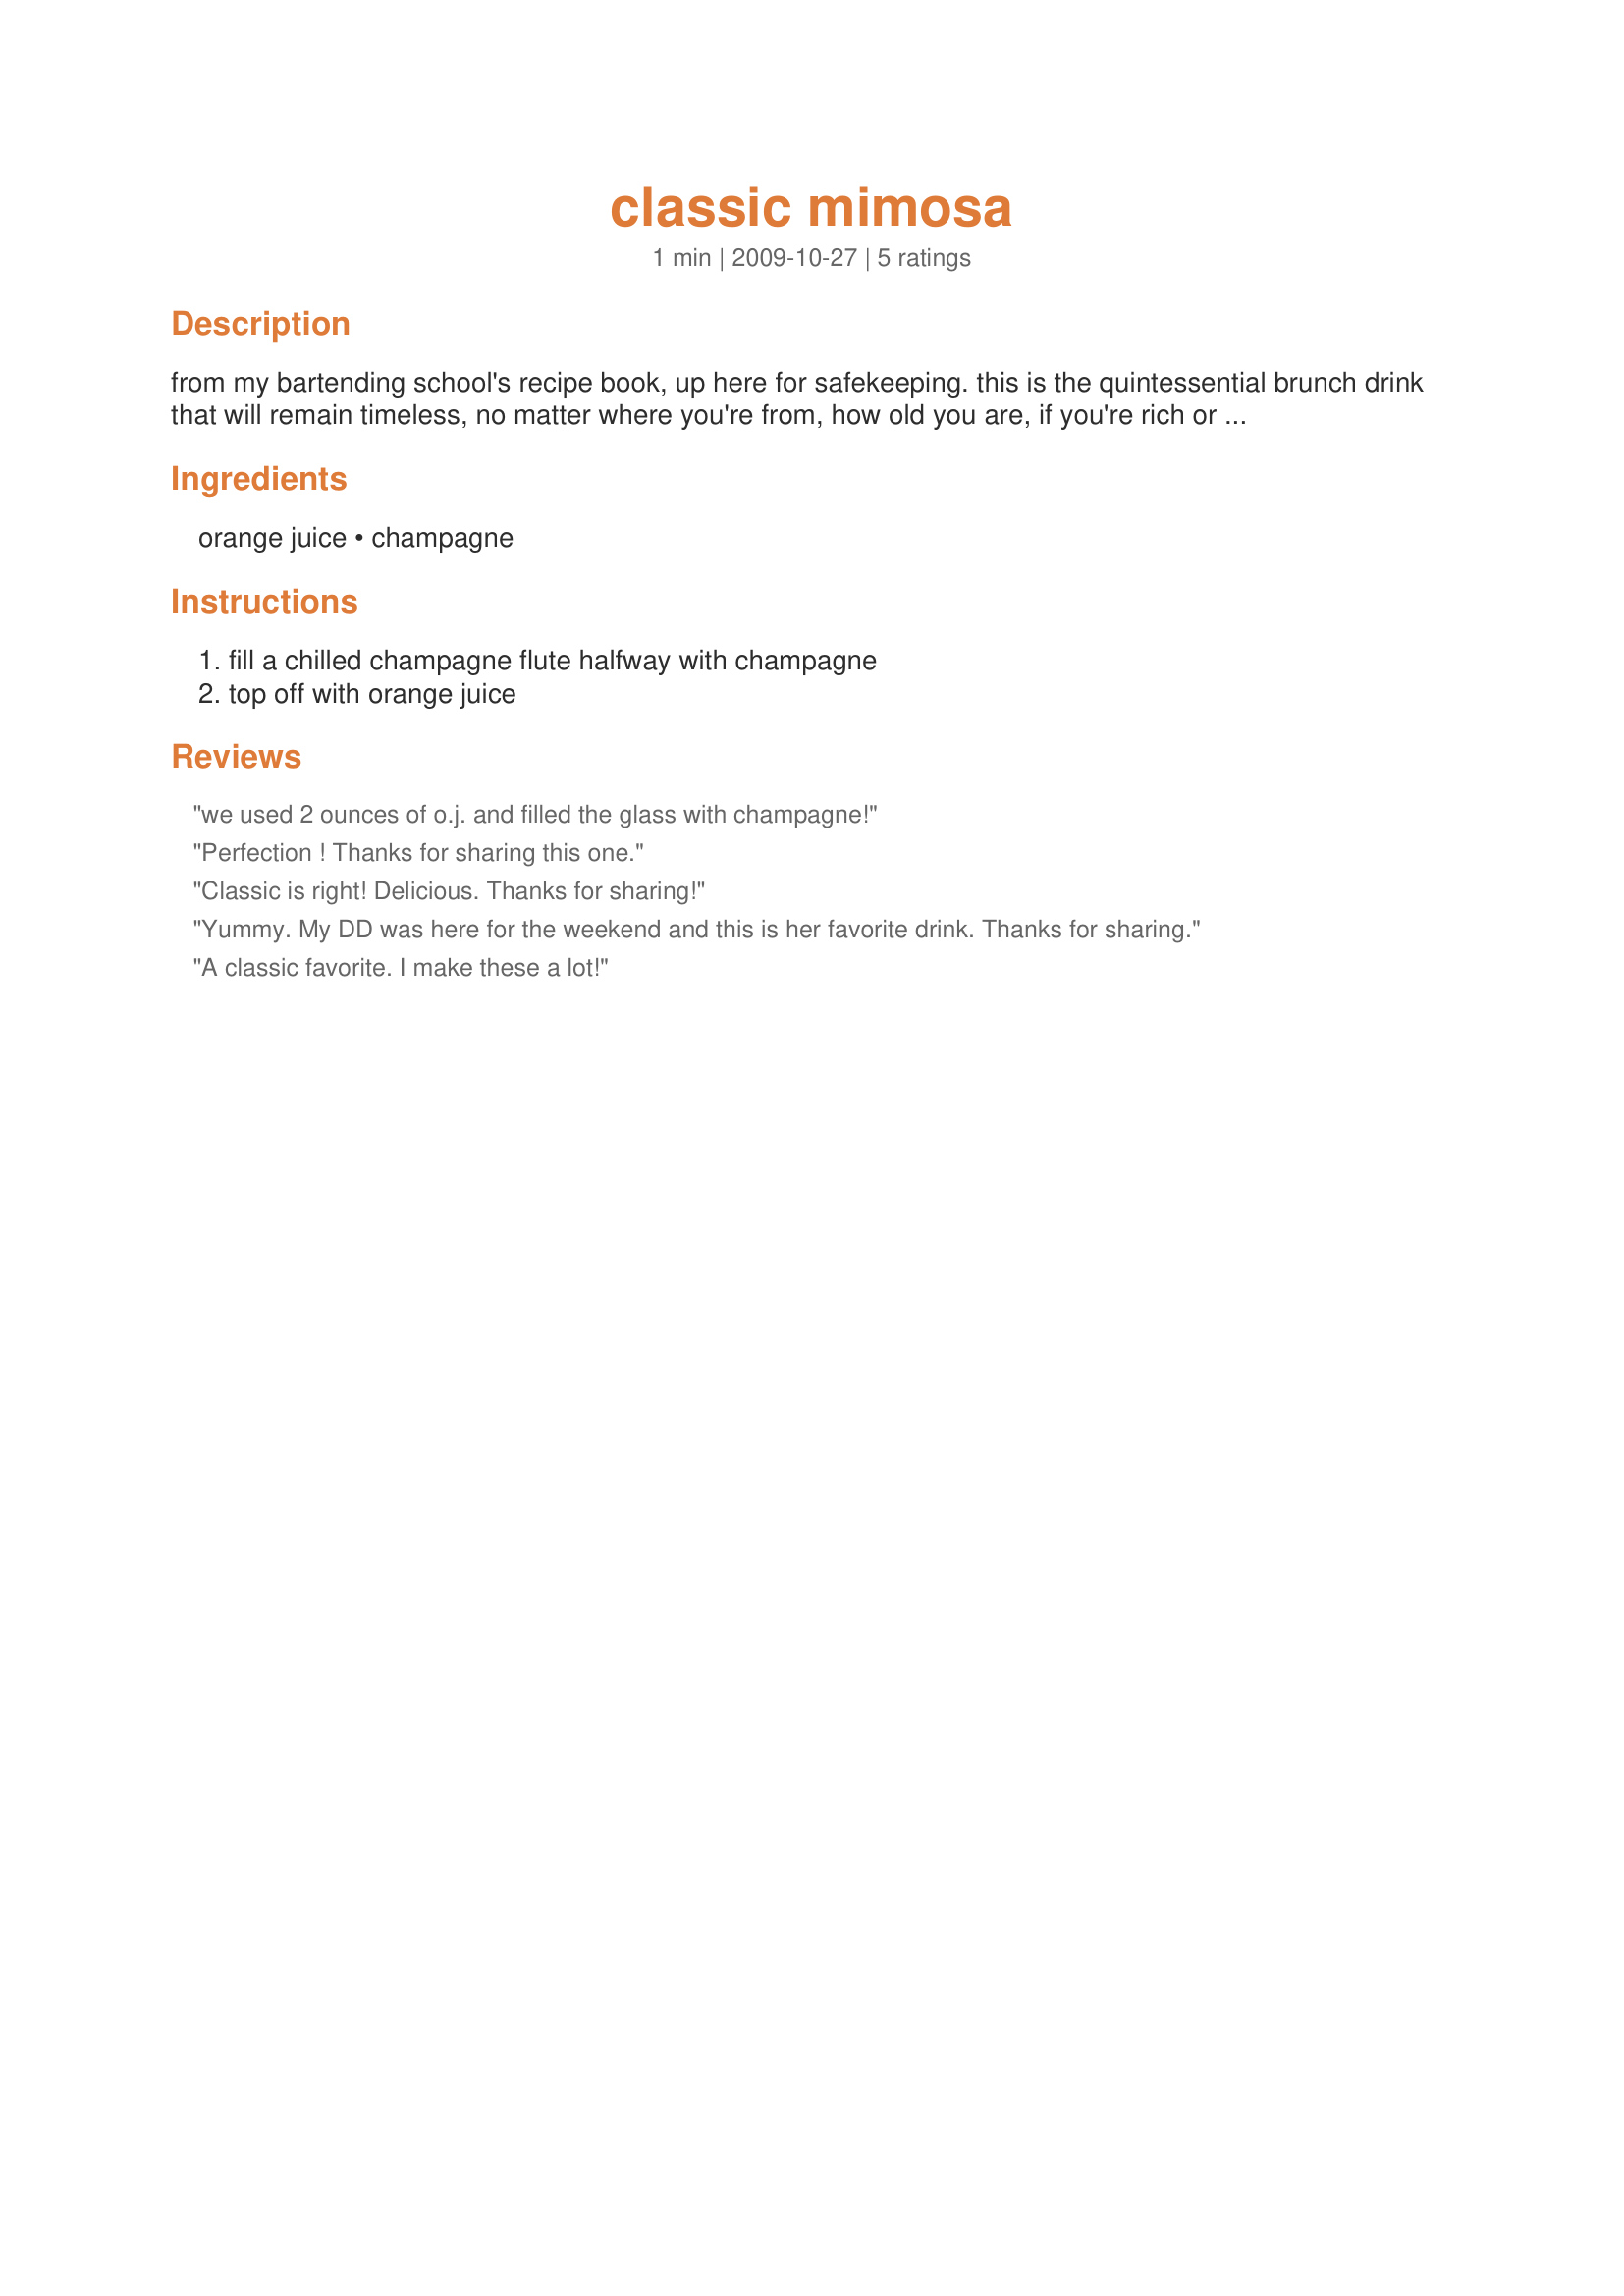
classic mimosa
Preparation time: 1 minutes

from my bartending school's recipe book, up here for safekeeping. this is the quintessential brunch drink that will remain timeless, no matter where you're from, how old you are, if you're rich or poor.

Ingredients:
orange juice, champagne

Steps:
fill a chilled champagne flute halfway with champagne, top off with orange juice

Reviews:
we used 2 ounces of o.j. and filled the glass with champagne!
Perfection ! Thanks for sharing this one.
Classic is right! Delicious. Thanks for sharing!
Yummy. My DD was here for the weekend and this is her favorite drink. Thanks for sharing.
A classic favorite. I make these a lot!
